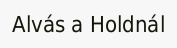
Alvás a Holdnál